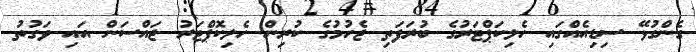
ގެންގުޅޭ ސިޑިއެއްގައި ހެލިކަޕްޓަރުގެ ބުރަފަތި ޖެހުމުގެ ކުރިން ހެލިކޮޕްޓަރު ޖައްސަން އައި ވަގުތު